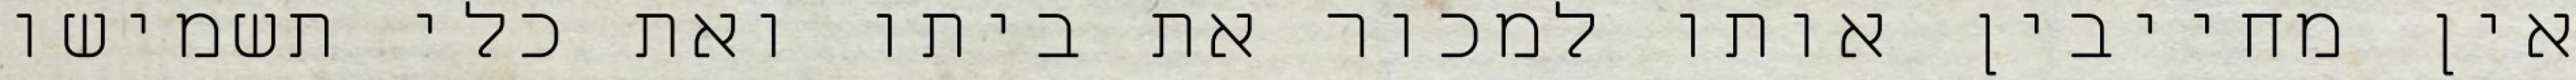
אין מחייבין אותו למכור את ביתו ואת כלי תשמישו